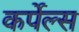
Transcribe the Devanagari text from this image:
कर्पेल्स